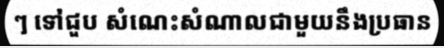
ៗ ទៅជួប សំណេះសំណាលជាមួយនឹងប្រធាន